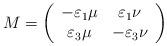
LaTeX: \begin{align*}M=\left( \begin{array}{cc}-\varepsilon_1\mu &\varepsilon_1\nu\\\varepsilon_3\mu&-\varepsilon_{3}\nu\end{array}\right) \end{align*}